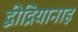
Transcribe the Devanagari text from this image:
द्बीद्रियानाह